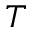
T